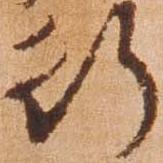
行